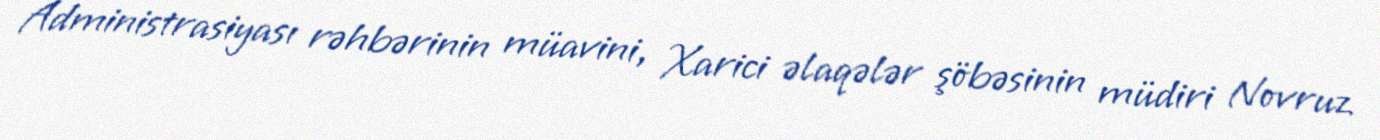
Administrasiyası rəhbərinin müavini, Xarici əlaqələr şöbəsinin müdiri Novruz